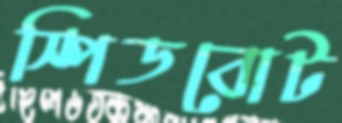
স্পিডবোট